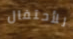
للأحتفال